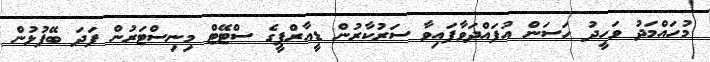
މުހައްމަދު ވަހީދު ހަސަން އުފައްދަވާފައިވާ ސަރުކާރުން ޑީއާރްޕީގެ ސްޓޭޓް މިނިސްޓަރުން ފަދަ ބޭފުޅުން